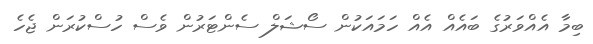
ބިމާ އެއްވަރުގެ ބައެއް އެއް ހަމައަކުން ސޯޝަލް ސެންޓަރުން ވެސް ހުސްކުރަން ޖެހެ